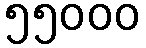
၅၅၀၀၀